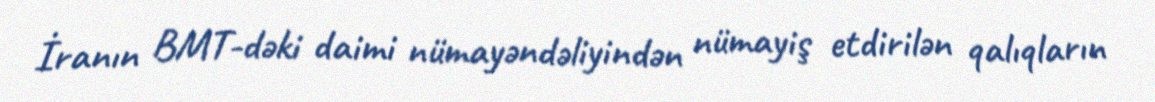
İranın BMT-dəki daimi nümayəndəliyindən nümayiş etdirilən qalıqların